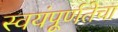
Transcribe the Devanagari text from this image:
स्वयंपूर्णतेचा